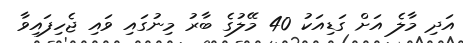
އަދި މާލެ އަށް ގަޑިއަކު 40 މޭލުގެ ބާރު މިނުގައި ވައި ޖެހިފައިވާ